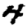
Digit: 4